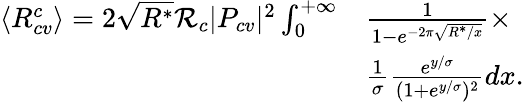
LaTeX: \begin{array}{rl}{\langle R_{cv}^{c}\rangle=2\sqrt{R^{*}}\mathcal{R}_{c}|P_{cv}|^{2}\int_{0}^{+\infty}}&{\frac{1}{1-e^{-2\pi\sqrt{R^{*}/x}}}\times}\\ &{\frac{1}{\sigma}\frac{e^{y/\sigma}}{(1+e^{y/\sigma})^{2}}dx.}\end{array}